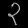
Digit: ၃